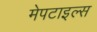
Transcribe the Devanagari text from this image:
मेपटाइल्स